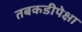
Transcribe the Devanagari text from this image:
तबकडीपेक्षा